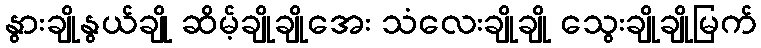
နွားချိုနွယ်ချို ဆိမ့်ချိုချိုအေး သံလေးချိုချို သွေးချိုချိုမြက်